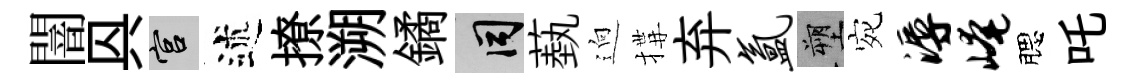
闇㒷宫述撩溯鐍间蓺逈搆弃氲塑宛溽崦腮吒